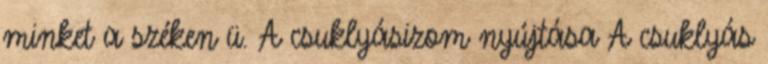
minket a széken ü. A csuklyásizom nyújtása A csuklyás